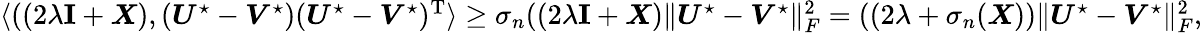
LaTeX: \begin{array}{r}{\langle((2\lambda{\mathbf I}+\boldsymbol{X}),(\boldsymbol{U}^{\star}-\boldsymbol{V}^{\star})(\boldsymbol{U}^{\star}-\boldsymbol{V}^{\star})^{\mathrm{T}}\rangle\geq\sigma_{n}((2\lambda{\mathbf I}+\boldsymbol{X})\| \boldsymbol{U}^{\star}-\boldsymbol{V}^{\star}\| _{F}^{2}=((2\lambda+\sigma_{n}(\boldsymbol{X}))\| \boldsymbol{U}^{\star}-\boldsymbol{V}^{\star}\| _{F}^{2},}\end{array}